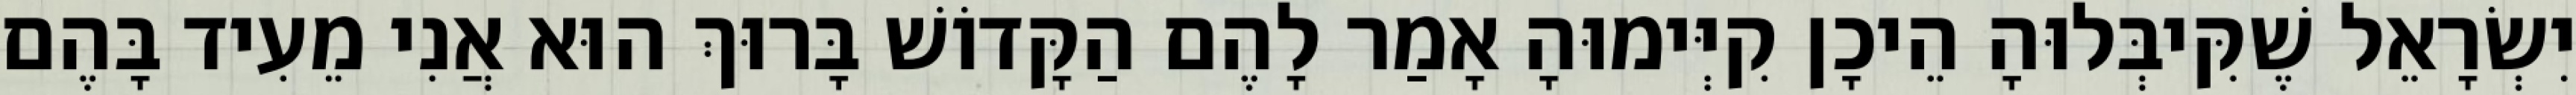
יִשְׂרָאֵל שֶׁקִּיבְּלוּהָ הֵיכָן קִיְּימוּהָ אָמַר לָהֶם הַקָּדוֹשׁ בָּרוּךְ הוּא אֲנִי מֵעִיד בָּהֶם